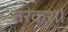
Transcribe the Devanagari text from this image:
तरकश।